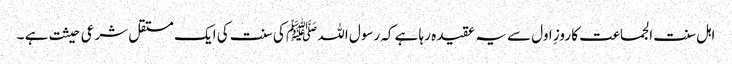
اہل سنت الجماعت کا روزِ اول سے یہ عقیدہ رہا ہے کہ رسول اللہ ﷺ کی سنت کی ایک مستقل شرعی حیثت ہے ۔